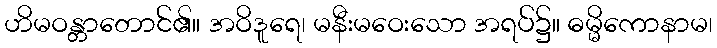
ဟိမဝန္တာတောင်၏။ အဝိဒူရေ၊ မနီးမဝေးသော အရပ်၌။ ဓမ္မိကောနာမ၊